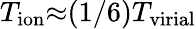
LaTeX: T_{\mathrm{ion}}{\approx}(1/6)T_{\mathrm{virial}}